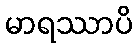
မာရဿာပိ